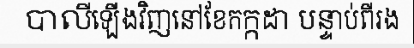
បាលីឡើងវិញនៅខែកក្កដា បន្ទាប់ពីរង